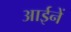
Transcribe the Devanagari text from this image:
आईनें